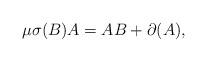
LaTeX: \begin{align*} \mu\sigma(B)A=AB+\partial(A),\end{align*}